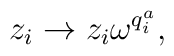
z_{i}\rightarrow z_{i}\omega ^{q_{i}^{a}},